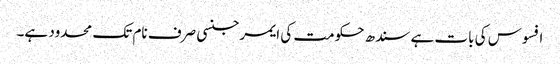
افسوس کی بات ہے سندھ حکومت کی ایمرجنسی صرف نام تک محدود ہے۔